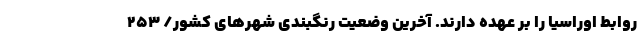
روابط اوراسیا را بر عهده دارند. آخرین وضعیت رنگبندی شهرهای کشور/ ۲۵۳